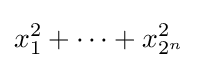
x_{1}^{2}+\cdots +x_{2^{n}}^{2}